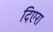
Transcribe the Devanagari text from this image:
दिएरा